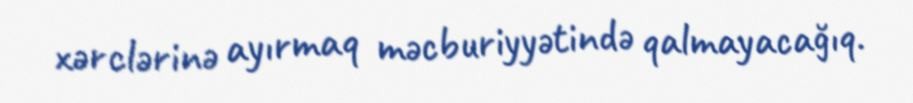
xərclərinə ayırmaq məcburiyyətində qalmayacağıq.